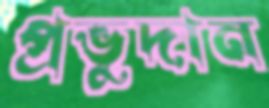
প্রভুদান